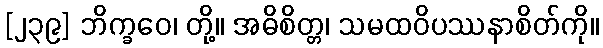
[၂၃၉] ဘိက္ခဝေ၊ တို့။ အဓိစိတ္တ၊ သမထဝိပဿနာစိတ်ကို။